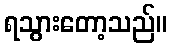
ရသွားတော့သည်။